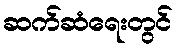
ဆက်ဆံရေးတွင်